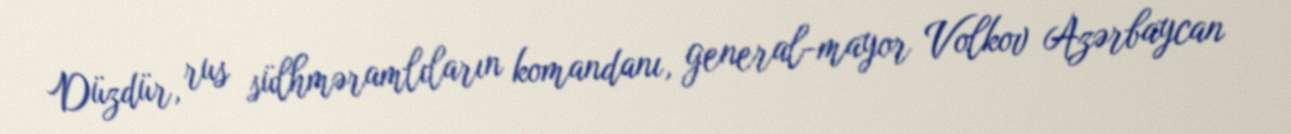
Düzdür, rus sülhməramlıların komandanı, general-mayor Volkov Azərbaycan